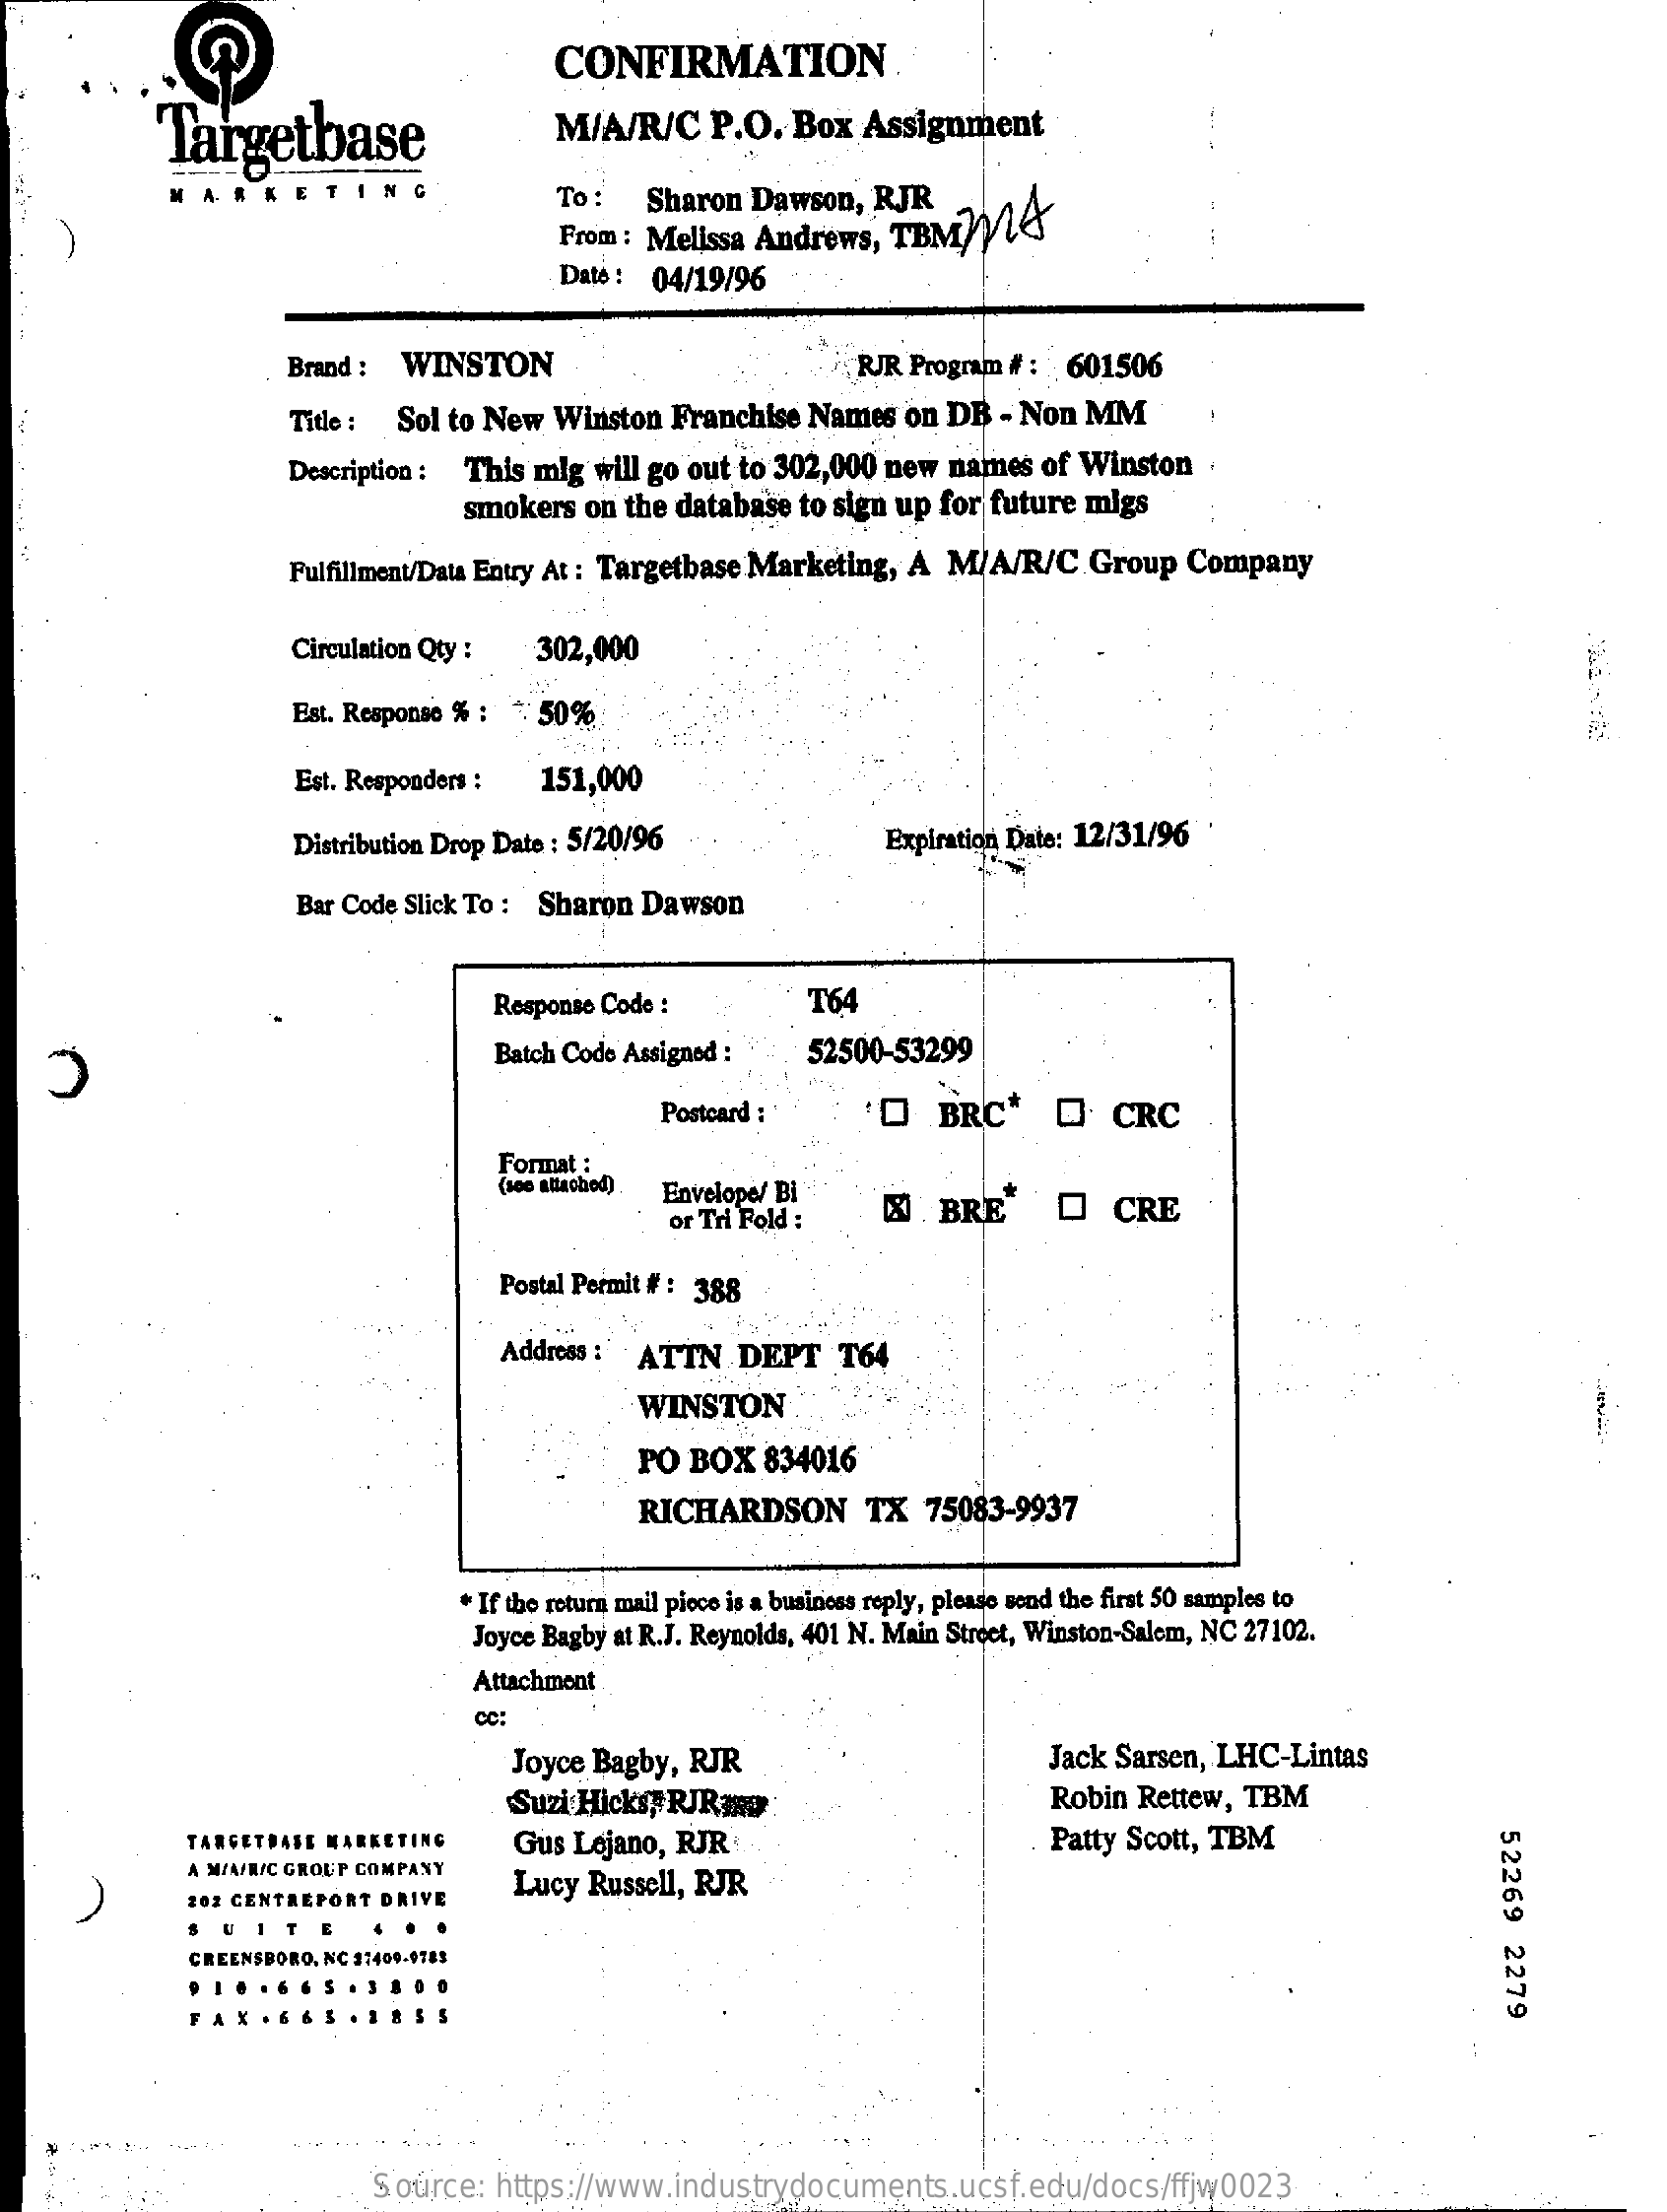
CONFIRMATION
     Targetbase    M/A/R/C    P.O.  Box   Assignment
     TING    To :   Sharon  Dawson,  RJR
     From : Melissa Andrews,   TBMMLA
     Dato : 04/19/96
     Brand :  WINSTON    RJR Program # :  601506
     Title :  Sol to New  Winston  Franchise   Names  on DB   - Non  MM
     Description : This  mig will go out to 302,000  new  names  of Winston
     smokers   on the database  to sign up for future  migs
     Fulfillment/Data Entry At : Targetbase Marketing, A M/A/R/C.Group    Company
     Circulation Qty :   302,000
     Est. Response % : + 50%
     Est. Responders :  151,000
     Distribution Drop Date : 5/20/96    Expiration Date: 12/31/96
     Bar Code Slick To : Sharon Dawson
     Response Code :    T64
     Batch Code Assigned :    52500-53299
     C
     Postcard :    0    BRC*    Q    CRC
     Format :
     (see attached) Envelope/ Bi
     or Tri Fold :    N   BRE    O    CRE
     Postal Permit #: 388
     Address :  ATTN    DEPT    T64
     WINSTON
     PO  BOX   834016
     RICHARDSON    TX   75083-9937
     * If the return mail piece is a business reply, please send the first 50 samples to
     Joyce Bagby at R.J. Reynolds, 401 N. Main Street, Winston-Salem, NC 27102.
     Attachment
     cc:
     Joyce Bagby,  RJR    Jack Sarsen, LHC-Lintas
     Suzi Hicks, RJRay    Robin Rettew,  TBM
     TARGETRASE MARKETING    Gus Lojano,  RJR    Patty Scott, TBM
     52269
     2279
     A M/AFRIC GROUP COMPANY
     202 CENTREPORT DRIVE
     Lucy  Russell, RJR
     SUITE
     GREENSBORO, NC 37409-9783
     Source:   https://www.industrydocuments.ucsf.edu/docs/ffjw0023